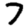
Digit: 7